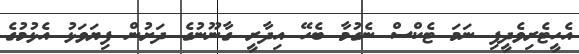
އެހީޓެރިވެދީފި ނަމަ ޓެކްސް ނެގުމާ ބެހޭ އިދާރީ ގާނޫނުގެ ދަށުން ފިޔަވަޅު އެޅުމުގެ